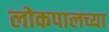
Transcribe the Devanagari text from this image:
लोकपालच्या